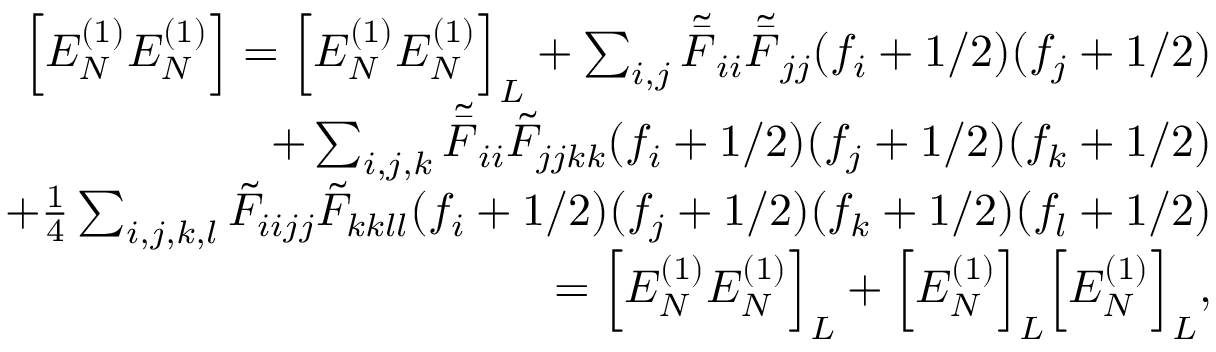
\begin{array} { r l r } & { } & { \Big [ E _ { N } ^ { ( 1 ) } E _ { N } ^ { ( 1 ) } \Big ] = \Big [ E _ { N } ^ { ( 1 ) } E _ { N } ^ { ( 1 ) } \Big ] _ { L } + \sum _ { i , j } { \tilde { \bar { F } } _ { i i } \tilde { \bar { F } } _ { j j } } ( f _ { i } + 1 / 2 ) ( f _ { j } + 1 / 2 ) } \\ & { } & { + \sum _ { i , j , k } { \tilde { \bar { F } } _ { i i } \tilde { F } _ { j j k k } } ( f _ { i } + 1 / 2 ) ( f _ { j } + 1 / 2 ) ( f _ { k } + 1 / 2 ) } \\ & { } & { + \frac { 1 } { 4 } \sum _ { i , j , k , l } { \tilde { F } _ { i i j j } \tilde { F } _ { k k l l } } { ( f _ { i } + 1 / 2 ) } { ( f _ { j } + 1 / 2 ) } { ( f _ { k } + 1 / 2 ) } { ( f _ { l } + 1 / 2 ) } } \\ & { } & { = \Big [ E _ { N } ^ { ( 1 ) } E _ { N } ^ { ( 1 ) } \Big ] _ { L } + \Big [ E _ { N } ^ { ( 1 ) } \Big ] _ { L } \Big [ E _ { N } ^ { ( 1 ) } \Big ] _ { L } , } \end{array}